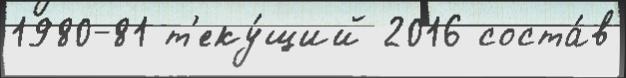
1980-81 т'еку́щий 2016 соста́в